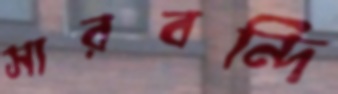
সারবন্দি